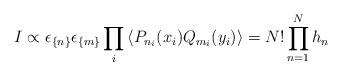
LaTeX: \begin{align*}I \propto \epsilon_{\{n\}} \epsilon_{\{m\}}\prod_{i} \left\langle P_{n_i}(x_i)Q_{m_i}(y_i) \right\rangle = N! \prod_{n=1}^N h_n\end{align*}